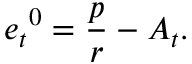
{ e _ { t } } ^ { 0 } = \frac p r - A _ { t } .